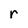
Character: r